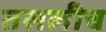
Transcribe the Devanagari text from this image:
तसलीच